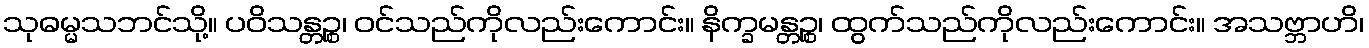
သုဓမ္မသဘင်သို့။ ပဝိသန္တဉ္စ၊ ဝင်သည်ကိုလည်းကောင်း။ နိက္ခမန္တဉ္စ၊ ထွက်သည်ကိုလည်းကောင်း။ အသဗ္ဘာဟိ၊